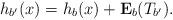
LaTeX: \begin{align*}h_{b'}(x)=h_b(x)+\mathbf{E}_b(T_{b'}). \end{align*}